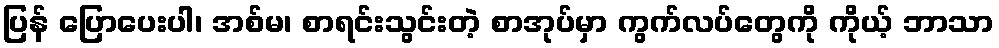
ပြန် ပြောပေးပါ၊ အစ်မ၊ စာရင်းသွင်းတဲ့ စာအုပ်မှာ ကွက်လပ်တွေကို ကိုယ့် ဘာသာ